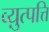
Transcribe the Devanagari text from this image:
व्य़ुत्पत्ति